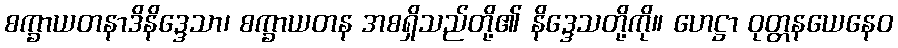
စက္ခာယတနာဒိနိဒ္ဒေသာ၊ စက္ခာယတန အစရှိသည်တို့၏ နိဒ္ဒေသတို့ကို။ ဟေဋ္ဌာ ဝုတ္တနယေနေဝ